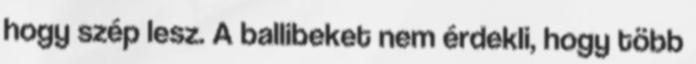
hogy szép lesz. A ballibeket nem érdekli, hogy több